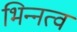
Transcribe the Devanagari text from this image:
भिन्‍नत्व